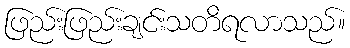
ဖြည်းဖြည်းချင်းသတိရလာသည်။